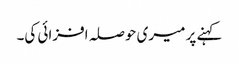
کہنے پر میری حوصلہ افزائی کی۔